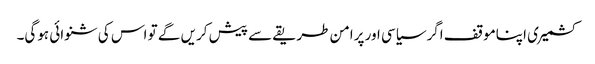
کشمیری اپناموقف اگرسیاسی اور پرامن طریقے سے پیش کریں گے تو اس کی شنوائی ہوگی۔